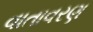
વાતાવરણ